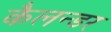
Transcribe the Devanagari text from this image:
कैलन्डर